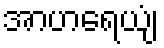
အာဟရေယျံ